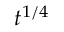
t ^ { 1 / 4 }